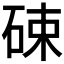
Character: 𱴂